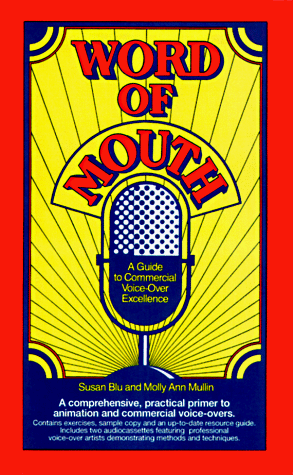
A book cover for Word of Mouth: A Guide to Commercial Voice-Over Excellence with Cassette(s); Susan Blu; Humor & Entertainment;